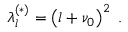
\lambda _ { l } ^ { ( \ast ) } = \left( l + \nu _ { 0 } \right) ^ { 2 } \; .